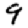
Digit: 9